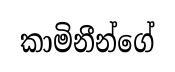
කාමිනීන්ගේ